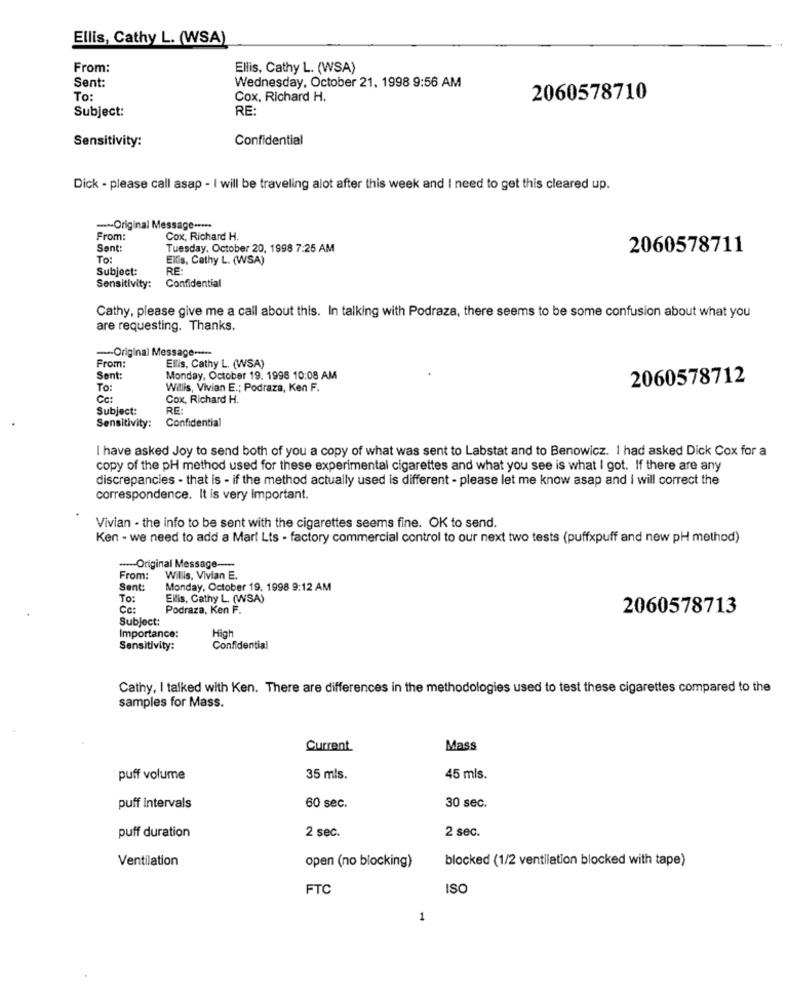
Ellis, Cathy L. (WSA)
From:
Ellis, Cathy L. (WSA)
Sent:
Wednesday, October 21, 1998 9:56 AM
To:
Cox, Richard H.
2060578710
Subject:
RE
Sensitivity:
Confidential
Dick - please call asap - I will be traveling alot after this week and I need to get this cleared up.
-Original Message -****
From:
Cox, Richard H.
Sent
Tuesday, October 20, 1998 7:25 AM
2060578711
To:
Ellis, Cathy L. (WSA)
Subject:
RE:
Sensitivity:
Confidential
Cathy, please give me a call about this. In talking with Podraza, there seems to be some confusion about what you
are requesting. Thanks.
-- Original Message -----
From:
Ellis, Cathy L. (WSA)
Sent:
Monday, October 19. 1998 10:08 AM
2060578712
To:
Willis, Vivian E .; Podraza, Ken F.
Cc:
Cox, Richard H.
Subject:
RE:
Confidential
Sensitivity:
I have asked Joy to send both of you a copy of what was sent to Labstat and to Benowicz. I had asked Dick Cox for a
copy of the pH method used for these experimental cigarettes and what you see is what I got. If there are any
discrepancies - that is - if the method actually used is different - please let me know asap and i will correct the
correspondence. It is very important.
Vivian - the info to be sent with the cigarettes seems fine. OK to send.
Ken - we need to add a Mart Lts - factory commercial control to our next two tests (puffxpuff and new pH method)
--- Original Message --
From:
Willis, Vivian E.
Sent:
Monday, October 19, 1998 9:12 AM
To:
Ellis, Cathy L. (WSA)
Ce:
Podraza, Ken F.
2060578713
Subject:
Importance:
High
Sensitivity:
Confidential
Cathy, I talked with Ken. There are differences in the methodologies used to test these cigarettes compared to the
samples for Mass.
Current
Mass
puff volume
35 mls.
45 mls.
puff intervals
60 sec.
30 sec.
2 sec.
puff duration
2 sec.
Ventilation
open (no blocking)
blocked (1/2 ventilation blocked with tape)
FTC
ISO
1